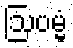
ဩပမ္မံ